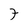
Character: 7